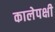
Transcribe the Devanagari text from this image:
कालेपक्षी